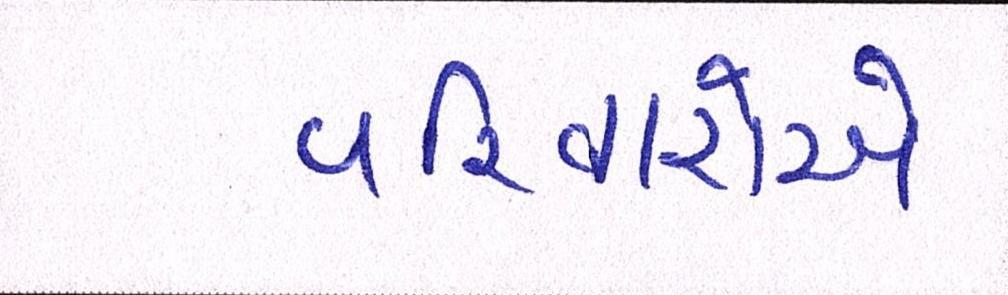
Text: પરિવારોએ